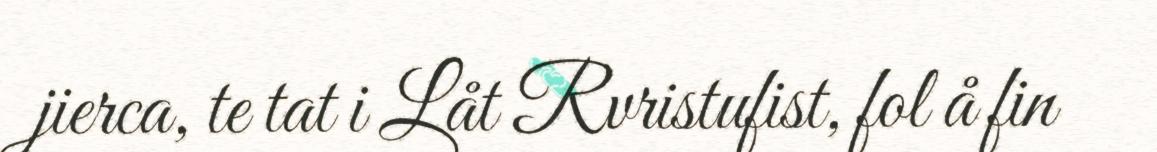
jierca, te tat i Låt Rvristufist, fol å fin